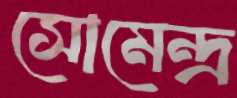
সোমেন্দ্র